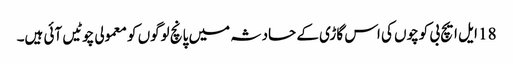
18 ایل ایچ بی کوچوں کی اس گاڑی کے حادثہ میں پانچ لوگوں کو معمولی چوٹیں آئی ہیں۔